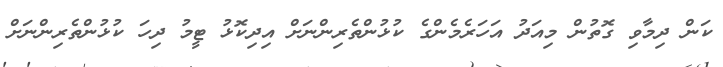
ކަން ދިމާވި ގޮތުން މިއަދު އަހަރެމެންގެ ކުޅުންތެރިންނަށް އިދިކޮޅު ޓީމު ދިހަ ކުޅުންތެރިންނަށް